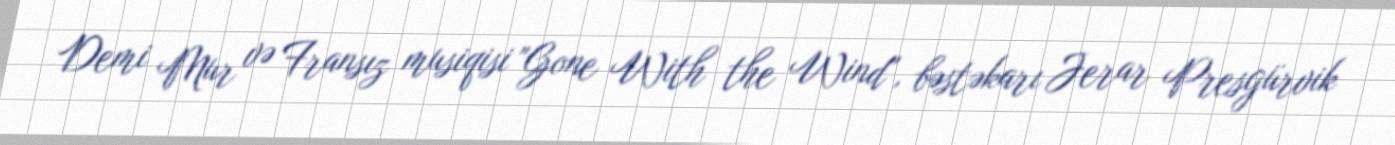
Demi Mur və Fransız musiqisi "Gone With the Wind", bəstəkarı Jerar Presgürvik